Annual statistical returns and brief notes on vaccination in Bengal - 1909-1929
Year: 1909
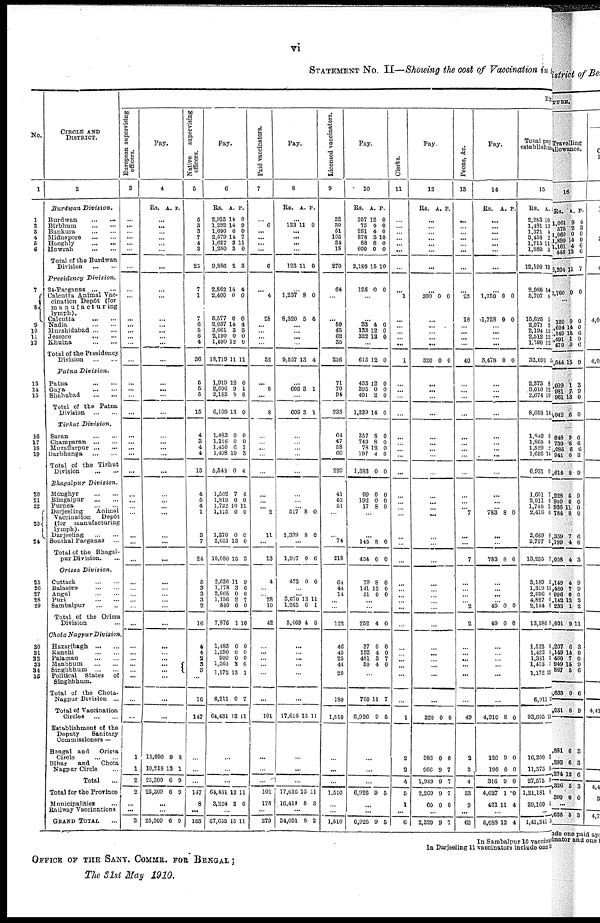
vi
STATEMENT No. II—Showing the cost of Vaccination in the
No.
1
1
2
3
4
5
6
7
8 9
10
11
12
13
14
15
16
17
18
19
20
21
22
23
24
25
26
27
28
29
30
31
32
33
34
35
CIRCLE AND
DISTRICT.
2
Burdwan
Division.
Burdwan
...
...
Birbhum
...
...
Bankura
...
...
Midnapore
...
...
Hooghly
...
...
Howrah
...
...
Total of the Burdwan
Division
...
...
Presidency
Division.
21-Parganas
...
...
Calcutta Animal Vac-
cination Depot (for
manufacturing
lymph).
Calcutta
...
...
Nadia
...
...
Murshidabad ... ...
Jessore ... ...
Khulna
...
...
Total of the Presidency
Division
...
...
Patna
Division.
Patna
...
...
Gaya
...
...
Shahabad
...
...
Total of the Patna
Division
...
...
Tirhut Division.
Saran
...
...
Champaran
...
...
Muzaffarpur ... ...
Darbhanga
...
...
Total of the Tirhut
Division
...
...
Bhagalpur
Division.
Monghyr
...
...
Bhagalpur
...
...
Purnea
...
...
Darjeeling
Animal
Vaccination
Depôt
(for
manufacturing
lymph).
Darjeeling
...
...
Sonthal Parganas
...
Total of the Bhagal-
pur Division.
Orissa
Division.
Cuttack
...
...
Balasore
...
...
Angul
...
...
Puri
...
...
Sambalpur
...
Total of the Orissa
Division
Chota Nagpur
Division
Hazaribagh
...
...
Ranchi
...
...
Palamau
...
...
Manbhum
...
...
Singhbhum
...
...
Political States of
Singhbhum.
Total of the Chota-
Nagpur Division ...
Total of Vaccination
Circles
Establishment of the
Deputy
Sanitary
Commissioners —
Bengal and Orissa
Circle
Bihar
and
Chota
Nagpur Circle
Total ...
Total for the Province
Municipalities ...
Railway Vaccinations
GRAND TOTAL
EX
European supervising
officers.
3
...
...
...
...
...
...
...
...
...
...
... ...
...
...
...
...
...
...
...
...
...
...
...
...
...
...
...
...
...
...
...
...
...
...
...
...
...
...
...
...
...
...
...
...
...
...
1
1
2
2
...
...
2
Pay.
4
Rs. A. P.
...
...
...
...
...
...
...
...
...
...
...
...
...
...
...
...
...
...
...
...
...
...
...
...
...
...
...
...
...
...
...
...
...
...
...
...
...
...
...
...
...
...
...
...
...
...
15,090
10,218
20,309
25,309
9
13
6
6
8
1
9
9
...
...
25,309 6 9
Native
supervising
officers.
6
5
3
3
7
4
3
25
7
1
7 6
5
6
4
36
6
5
5
15
4
3
4
4
15
4
5
4
1
3
7
24
6
3
3
3
2
16
...
4
4
2
3
3
...
16
147
...
...
...
147
8
...
155
Pay.
6
Rs.
2,025
1,282
1,090
2,579
1,627
1,280
9,886
A.
14
14
0
14
3
3
2
P.
0
9
0
7
11
0
3
2,862
2,400
5,577
2,037
2,061
2,190
1,590
18,719
14
0
0
14
3
0
12
11
4
0
0
4
3
0
0
11
1,919
2,006
2,183
6,109
12
9
8
13
0
1
8
9
1,483
1,116
1,450
1,498
5,543
1,502
1,819
1,722
1,115
1,270
2,651
10,080
2,636
1,178
2,065
1,156
840
7,876
0
0
6
10
0
7
0
10
0
0
13
15
11
3
0
2
0
1
0
0
1
3
4
4
0
11
0
0
0
3
9
6
0
7
0
10
...
1,485
1,290
900
1,363
1,172
6,211
64,431
0
0
0
3
13
0
13
0
0
0
6
1
7
11
...
...
...
61,431
3,224
13
2
11
0
...
67,655 15 11
Paid vaccinators.
7
6
...
...
...
...
6
...
4
28
...
...
...
...
32
...
8
...
8
...
...
...
...
...
...
...
... 2
11
...
13
4
... ... 28
10
42
...
...
...
...
...
...
...
101
...
...
...
101
178
...
279
Pay.
8
Rs. A. P.
...
123
11 0
...
...
...
...
123
11 0
...
1,237
8,320
8
5
0
4
...
...
...
...
9,557 13 4
...
609 3 1
...
609 3 1
...
...
...
...
...
...
...
... 517
1,399
8
8
0
6
...
1,917 0 6
473 0 0
...
...
3,670
1,265
5,409
13
6
4
11
1
0
...
...
... ...
...
...
...
17,616 15 11
...
...
...
17,616
16,414
15
8
11
3
...
34,031 8 2
Licensed vaccinators.
9
32
30 51
105
34
18
270
64
...
... 50
45
62
35
256
71
70
94
235
64
47
58
60
229
...
52
51
...
... 74
218
64
44
14
...
...
122
46
46
25
44
20
180
1,510
...
...
1,510
...
1,510
Pay.
10
Rs.
257
75
281
878
88
600
2,180
A.
12
4
4
3
8
0
15
P.
0
0
0
10
0
0
10
126 0 0
...
33
133
322
4
12
12
0 0
0
...
615 12 0
453
395
491
1,339
12
0
2
14
0
0
0
0
357
749
78
197
1,383
99
192
17
8
8
12
4
0
0
0
8
0
0
0
0
0
0
0 0
...
... 145
454
79
141
31
8
0
8
12
0
0
0
0
0
0
... ...
252 4 0
...
37
132
481
50
0
4
3
4
0
0
7
0
...
700
6,926
11
9
7
5
...
...
...
6,926 9 5
...
...
6,926 9 5
Clerks.
11
...
... ...
...
...
...
...
...
1
...
...
...
...
...
1
...
...
...
...
...
...
...
...
...
...
...
...
...
...
...
...
...
...
...
...
...
...
...
...
...
...
...
...
...
1
2
2
4
6
1
...
6
Pay.
12
Rs. A. P.
...
...
...
...
...
...
...
...
320 0 0
...
...
...
...
...
320 0 0
...
...
...
...
...
...
...
...
...
...
...
...
...
...
...
...
...
...
...
... ...
...
...
...
...
... ...
...
...
320 0 0
983
966
1,949
2,269
60
0
9
9
9
0
0
7
7
7
0
...
2,329 9 7
Peons, &c.
13
...
...
...
...
...
...
...
...
22
18
...
...
...
...
40
...
...
...
...
...
...
...
...
...
...
...
...
7
...
...
7
...
...
...
... 2
2
...
...
...
...
...
...
...
49
2
2
4
53
9
...
62
Pay.
14
Rs. A. P.
...
...
...
...
...
...
...
...
1,750
1,728
0
0
0
0
...
...
...
...
3,478 0 0
...
...
...
...
...
...
...
...
...
...
...
...
783 8 0
...
...
783 8 0
...
...
...
... 49
49
0
0
0
0
...
...
...
... ...
...
...
4,310 8 0
126
190
316
4,627
461
9
0
9
1
11
0
0
0
0
4
...
5,083 12 4
Total pay
establishment
15
Rs.
2,283
1,481
1,371
3,458
1,715
1,880
12,190
A.
10
13
4
2
11
3
13
2,988
5,707
15,625
2 071
2,194
2,512
1,590
32,691
14
8
5
2 15
12
12
5
2,373
3,010
2,674
8,058
8
12 10
14
1,840
1,865
1,529 1,695
6,931
...
...
1,740
2,416
2,669
2,797
13,235
3,189
1,319
2,096
4,827
2,154
13,586
...
1,522
1,422
1,381
1,413
1,172
6,911
93,605
8
8
2 14
0
...
... 2
0
8
5
7
2
15
0
0
6
9
...
0
1
3
7
13
15
15
16,200
11,375
27,575
1,21,181
20,160
2
6
9
8
5
...
1,41,341 14
In Sambalpur 10 vaccinat
In Darjeeling 11 vaccinators include one be
OFFICE OF THE SANY. COMMR. FOR BENGAL ;
The 31st May 1910.